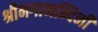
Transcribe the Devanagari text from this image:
श्रीनगानन्दिनी